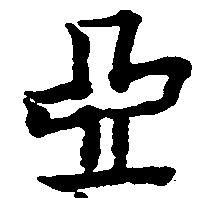
亞